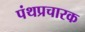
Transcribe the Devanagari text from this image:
पंथप्रचारक